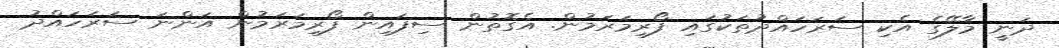
ދަނީ މާލޭގެ އެކި ސަރަހައްދުތަކުގައި ފޯރިމަރަމުން. އެގޮތުން ސިފައިން ފޯރިމަރަމުން އަންނަ ސަރަހައްދު